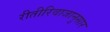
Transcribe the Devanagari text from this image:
रीतीरिवाजानुसार